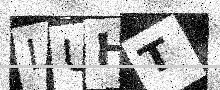
Text: LUHT